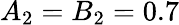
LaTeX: A_{2}=B_{2}=0.7